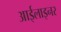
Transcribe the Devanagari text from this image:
आईलाइनर